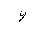
Letter: _waw